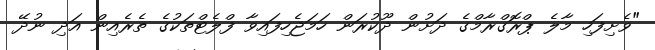
"ވެށިފަހި މާލެ ޕްރޮގްރާމްގެ ދަށުން ދޫކުރަން ހަމަޖެހިފައިވާ ފްލެޓްތަކުގެ ތެރެއިން އަދި ނުދޭ